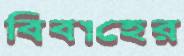
বিবাহের